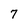
Character: 7